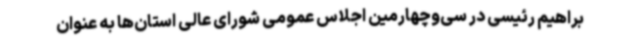
براهیم رئیسی در سی‌وچهارمین اجلاس عمومی شورای عالی استان‌ها به عنوان